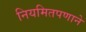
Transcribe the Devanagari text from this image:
नियमितपणाने